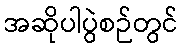
အဆိုပါပွဲစဉ်တွင်